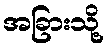
အခြားသို့